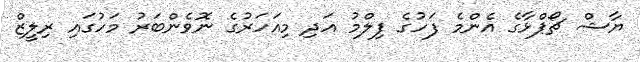
ޔާޝް ޗޯޕްޅާގެ އެންމެ ފަހުގެ ފިލްމު އަދި މިއަހަރުގެ ނޮވެންބަރު މަހުގައި ރިލީޒް